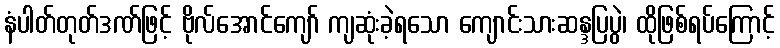
နံပါတ်တုတ်ဒဏ်ဖြင့် ဗိုလ်အောင်ကျော် ကျဆုံးခဲ့ရသော ကျောင်းသားဆန္ဒပြပွဲ၊ ထိုဖြစ်ရပ်ကြောင့်